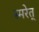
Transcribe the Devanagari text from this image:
स्मरेत्